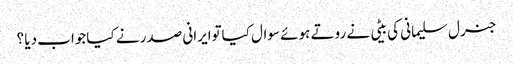
جنرل سلیمانی کی بیٹی نے روتے ہوئے سوال کیاتوایرانی صدر نے کیاجواب دیا ؟